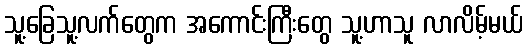
သူ့ခြေသူ့လက်တွေက အကောင်းကြီးတွေ သူ့ဟာသူ လာလိမ့်မယ်